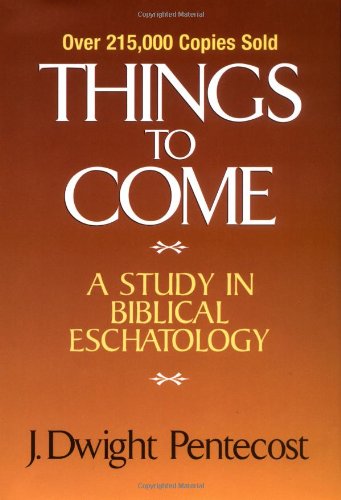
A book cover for Things to Come: A Study in Biblical Eschatology; J. Dwight Pentecost; Christian Books & Bibles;